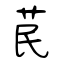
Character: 苠